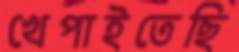
খেপাইতেছি